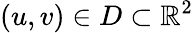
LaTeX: (u,v)\in D\subset\mathbb{R}^{2}